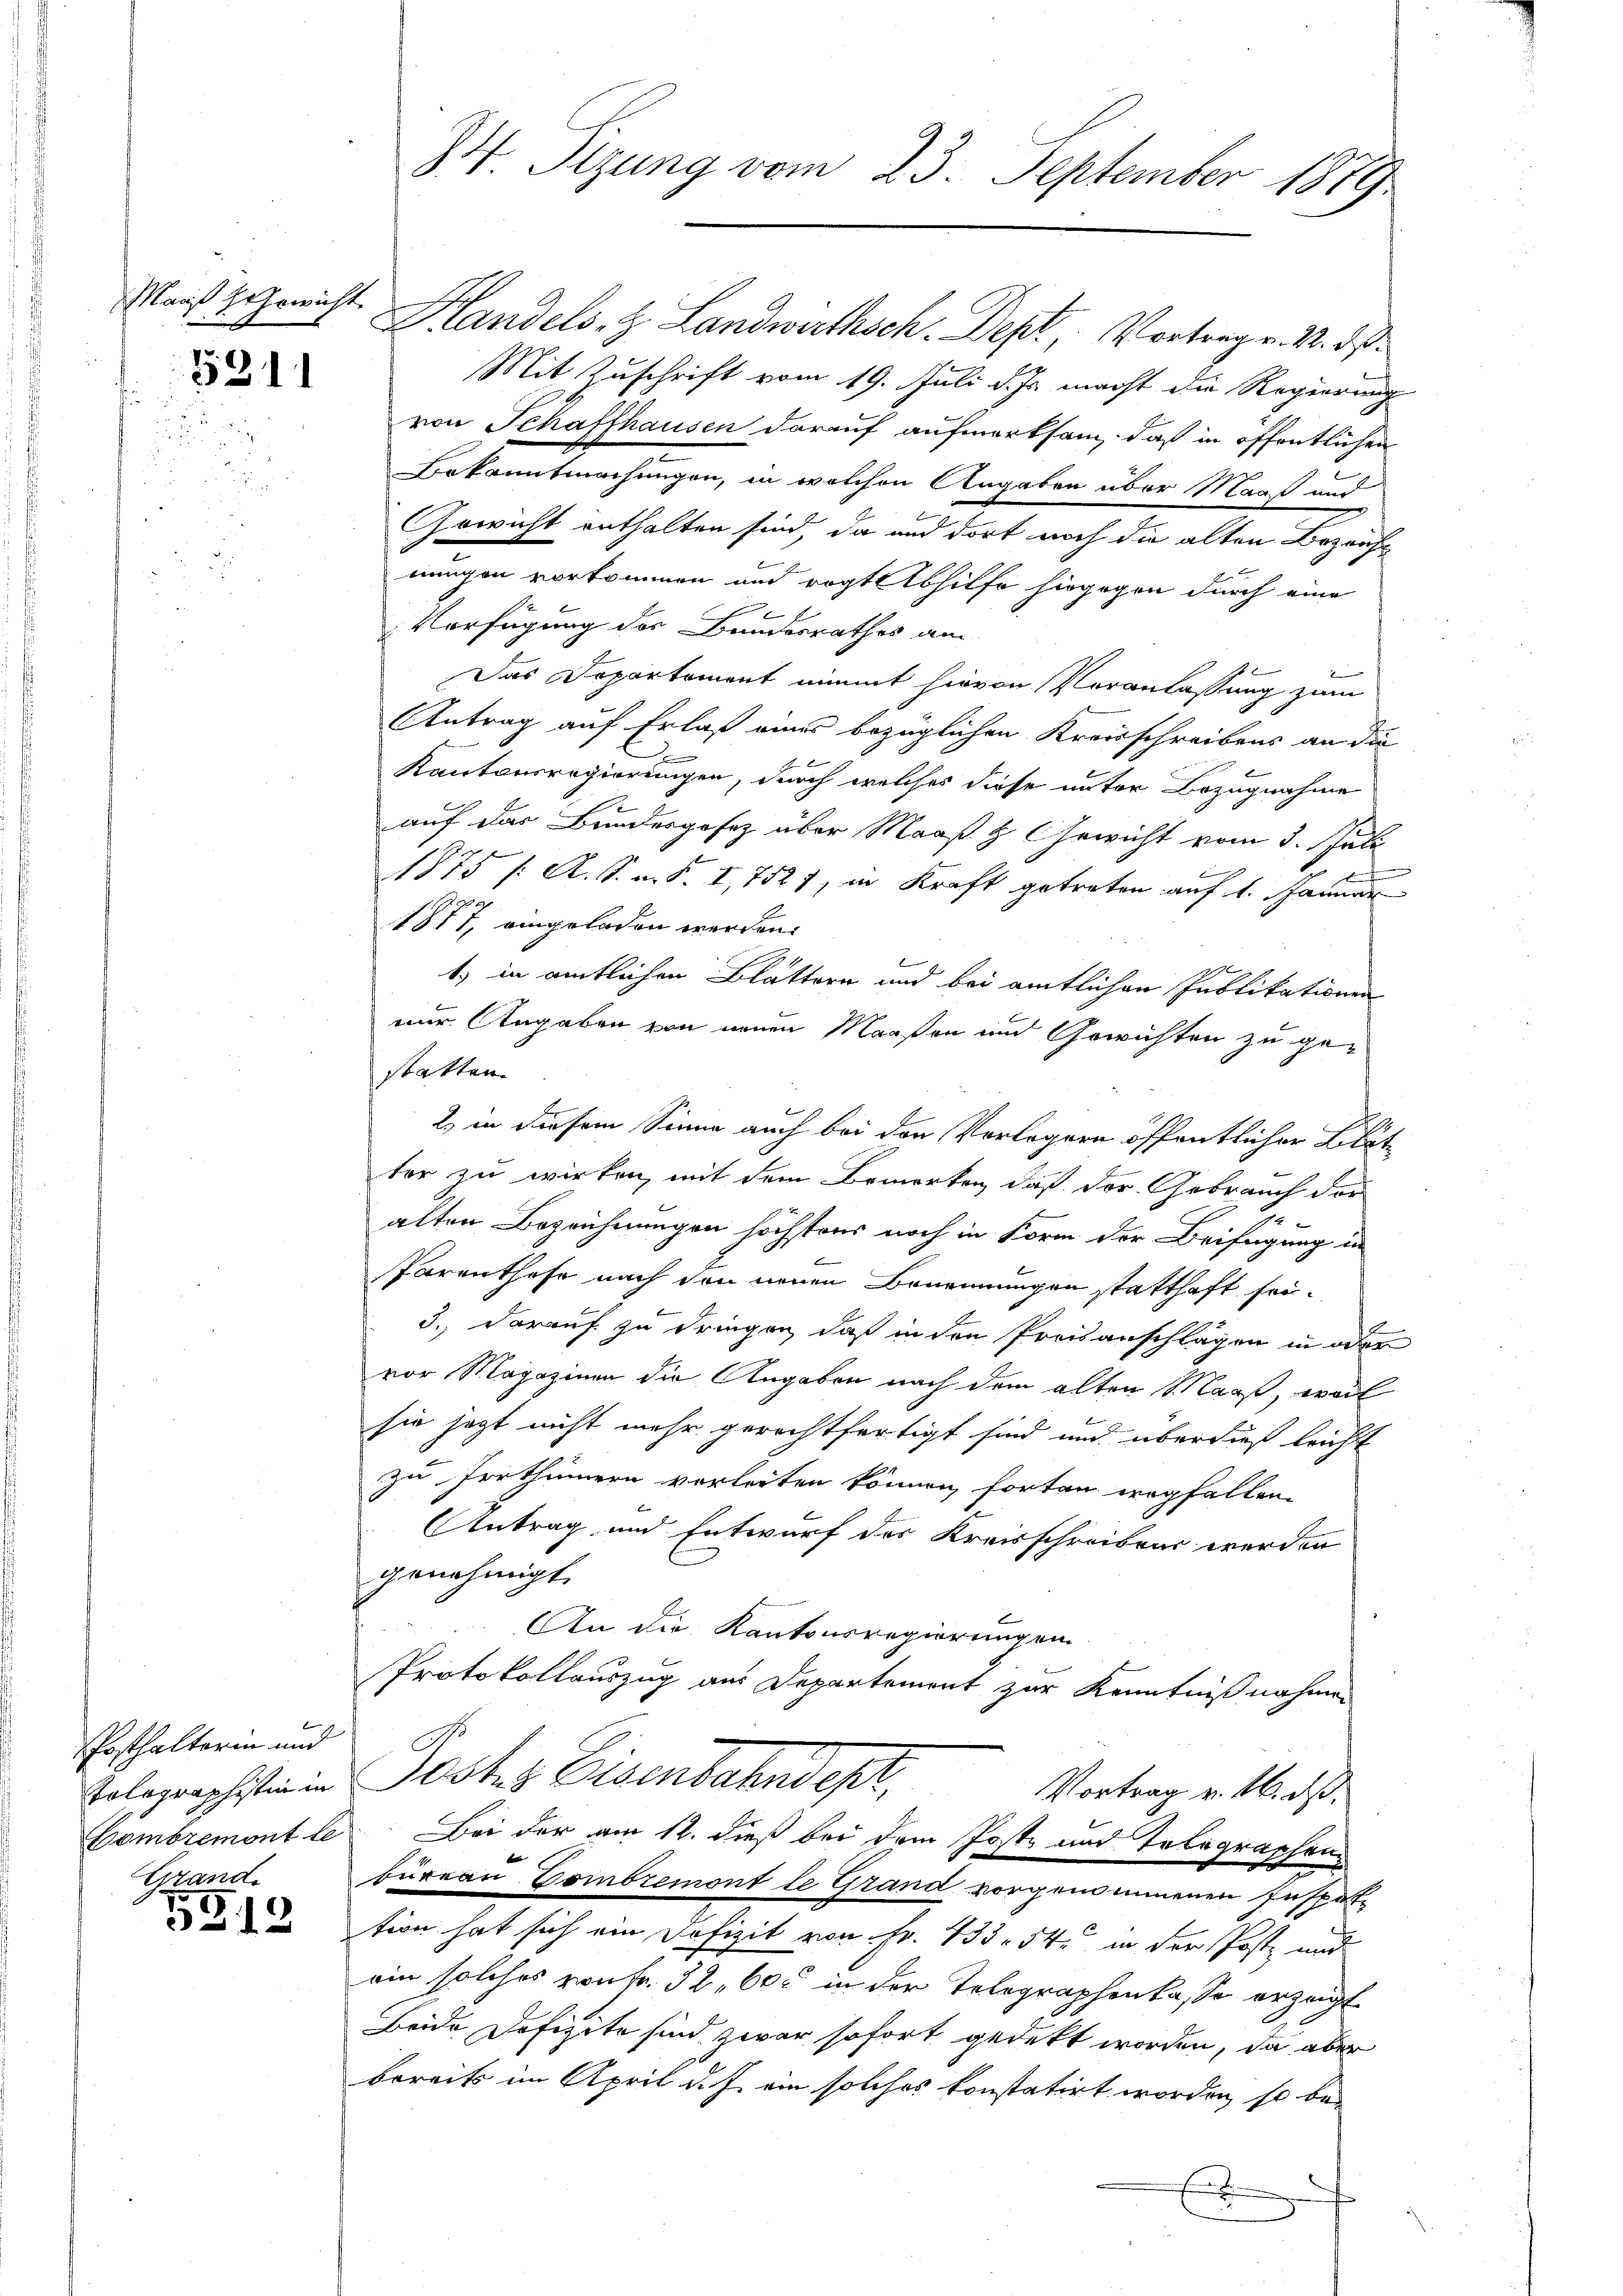
Maaß Gewicht

5311

Posthalterin und
Gewalte

5312

Hlandels. Z. Landwirthsch. Dept, Vortrag v. M. ds.
Mit Zuschrift vom 19. Juli d. Js. macht die Regierung
von Schaffhausen darauf aufmerksam, daß in öffentlichen
Bekanntmachungen, in welchen Angaben über Maaß und
GGewicht enthalten sind, da und dort noch die alten Bezaufnungen vorkommen und ragt Abhilfe hingegen durch eine
Verfügung des Bandesrathes am
u
Das Departement nimmt hievon Veranlassung zum
Antrag auf Erlaß eines bezüglichen Kreisschreibens an die
e
Kantonsregierungen, durch welches diese unter Bezugnahme
auf das Bundesgesez über Maaß H. Gewicht vom 3. Juli
n
b
f
1875 /: A. S. m. S. I,7521, in Kraft getreten auf 1. Januar
1877, eingeladen werden.
1.) in amtlichen Blättern und bei amtlichen Publikationen
nur Angaben von neuen Maaßen und Gewichten zu gestatten.
2) in diesem Sinne auch bei den Verlegern öffentlicher Blätter zu wirken, mit dem Bemerken, daß der Gebrauch der
alten Bezeichnungen höchstens noch in Form der Beifügung in
Parenthafe nach den neuen Benennungen statthaft sei.
3. darauf zu dringen, daß in den Preisanschlägen in oder
vor Magazinen die Angaben nach dem alten Maaß, weil
sie jetzt nicht mehr gerechtfertigt sind und überdieß leicht
zu Irrthümern vorleiten können, forten wegfallen.
Antrag und Entwurf des Kreisschreibens werden
genehmigt.
An die Kantonsregierungen
Protokollauszug aus Departement zur Kenntnißnahmen
Telegraphistinen Postes Eisenbahndept,
Vortrag v. 16. ds.
Combremont le Bei der am 12. dieß bei dem Post- und Telegraphenbüreau Combremont le Grand vorgenommenen Inspetttion hat sich ein Defizit von Fr. 433. 54. in der Post und
ein solches von fr. 32, 600 in der Telegraphenkasse erzeigt
Beide Defizite sind zwar sofort gedekt worden, da aber
bereits im April d. J. ein solches konstatirt worden, so be¬

H. Sizung vom 23. September 1879